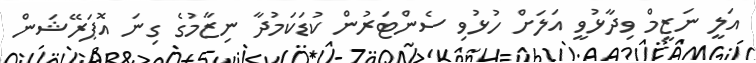
އަލީ ނަޒީމް ވިދާޅުވީ އަލަށް ހުޅުވި ސެންޓަރުން ކުޑަކަމުދާ ނިޒާމުގެ ގިނަ އޮޕަރޭޝަން